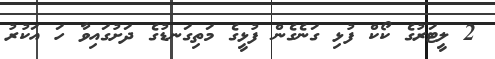
2 ލީޓަރުގެ ކޯކް ފުޅި ގަނެގެން ފުޅީގެ މަތިގަނޑުގެ ދަށުގައިވާ ހަ އަކުރު